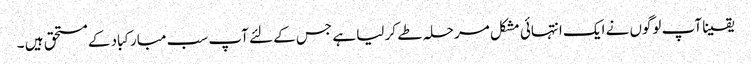
یقینا آپ لوگوں نے ایک انتہائی مشکل مرحلہ طے کر لیا ہے جس کے لئے آپ سب مبارکباد کے مستحق ہیں ۔